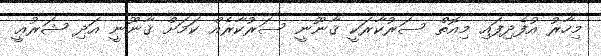
މިހާރު އުފެދިފައި މިއޮތް ސަރުކާރަކީ ޤާނޫނީ ސަރުކާރެއް ކަމަށް ޤާނޫނީ އަދި ޝަރުޢީ